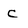
Character: C